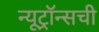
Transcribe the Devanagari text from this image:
न्यूट्रॉन्सची